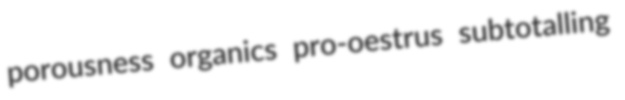
porousness organics pro-oestrus subtotalling